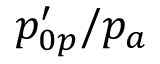
{ p _ { 0 p } ^ { \prime } } / p _ { a }